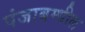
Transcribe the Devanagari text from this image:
पंजाबम्धील